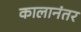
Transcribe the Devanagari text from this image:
कालानंतर